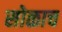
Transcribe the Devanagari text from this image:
सोळाच